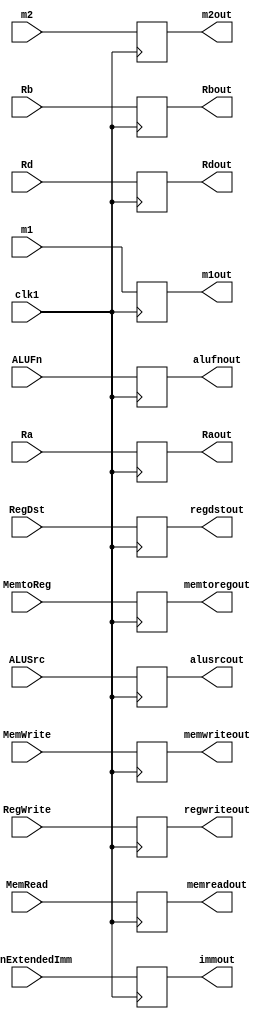
`timescale 1ns / 1ps

module L1(clk1, Ra, Rb, Rd, SignExtendedImm, m1, m2, RegDst,RegWrite,ALUSrc,ALUFn,MemWrite,MemRead,MemtoReg, Raout, Rbout, Rdout, immout, m1out, m2out, regdstout, regwriteout, alusrcout, alufnout, memwriteout, memreadout, memtoregout);
    input [2:0] Ra,Rb,Rd;
    input [7:0] SignExtendedImm,m1,m2;
    input clk1;
    input RegDst,RegWrite,ALUSrc,MemWrite,MemRead,MemtoReg;
    input [2:0] ALUFn ;
    
    output reg [2:0] Raout, Rbout, Rdout;
    output reg [7:0] immout, m1out, m2out;
    output reg regdstout, regwriteout, alusrcout, memwriteout, memreadout, memtoregout; 
    output reg [2:0] alufnout;
    
    reg [2:0] L1_Ra, L1_Rb, L1_Rd;
    reg [7:0] L1_SignExtendedImm, L1_m1, L1_m2;
    reg L1_RegDst,L1_RegWrite,L1_ALUSrc,L1_MemWrite,L1_MemRead,L1_MemtoReg; 
    reg [2:0] L1_ALUFn;

    always @(*)
    begin
        L1_Ra <=  Ra;
        L1_Rb <=  Rb;
        L1_Rd <=  Rd;
        L1_SignExtendedImm <=  SignExtendedImm;
        L1_m1 <=  m1;
        L1_m2 <=  m2;
        L1_RegDst <=  RegDst;
        L1_RegWrite <=  RegWrite;
        L1_ALUSrc <=  ALUSrc;
        L1_ALUFn <=  ALUFn;
        L1_MemWrite <=  MemWrite;
        L1_MemRead <=  MemRead;
        L1_MemtoReg <=  MemtoReg;
    end
    
    always @(posedge clk1)
    begin
        Raout <=  L1_Ra;
        Rbout <=  L1_Rb;
        Rdout <=  L1_Rd;
        immout <=  L1_SignExtendedImm;
        m1out <=  L1_m1;
        m2out <=  L1_m2;
        regdstout <=  L1_RegDst;
        regwriteout <=  L1_RegWrite;
        alusrcout <=  L1_ALUSrc;
        alufnout <=  L1_ALUFn;
        memwriteout <=  L1_MemWrite;
        memreadout <=  L1_MemRead;
        memtoregout <=  L1_MemtoReg;
    end
endmodule